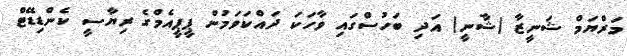
މަރްޔަމް ޝަނީޒާ (ޝާނީ) އަދި ބަހުސްގައި ވާހަކަ ދައްކަވަމުން ޕީޕީއެމްގެ ރިޔާސީ ކެންޑިޑޭޓް